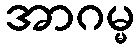
အာဂမ္မ